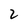
Character: 2